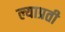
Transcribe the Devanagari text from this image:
ल्याप्रती